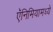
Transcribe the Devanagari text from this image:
ऍनिमियामध्ये